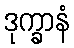
ဒုက္ခာနံ